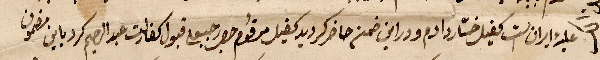
علية ايران الست كفيل خسّار ادم ودراين ضمن حاضر ويد كفيل مرقوم جود قبول كفالت عبد ارحيم كردبابن مضمون